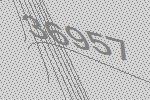
36957